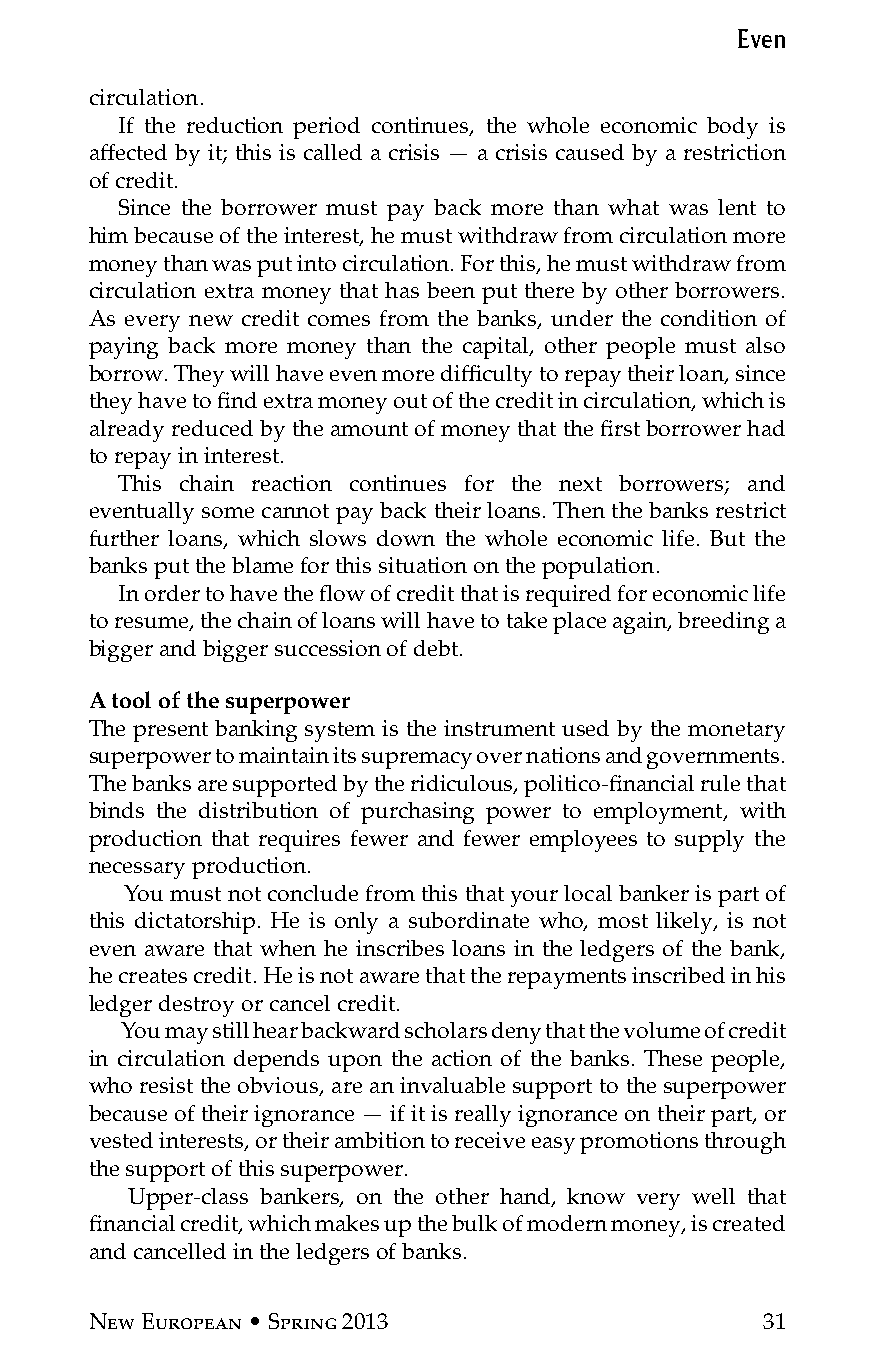
Even
 circulation.
 If the reduction period continues, the whole economic body is
 affected by it; this is called a crisis — a crisis caused by a restriction
 of credit.
 Since the borrower must pay back more than what was lent to
 him because of the interest, he must withdraw from circulation more
 money than was put into circulation. For this, he must withdraw from
 circulation extra money that has been put there by other borrowers.
 As every new credit comes from the banks, under the condition of
 paying back more money than the capital, other people must also
 borrow. They will have even more difficulty to repay their loan, since
 they have to find extra money out of the credit in circulation, which is
 already reduced by the amount of money that the first borrower had
 to repay in interest.
 This chain reaction continues for the next borrowers; and
 eventually some cannot pay back their loans. Then the banks restrict
 further loans, which slows down the whole economic life. But the
 banks put the blame for this situation on the population.
 In order to have the flow of credit that is required for economic life
 to resume, the chain of loans will have to take place again, breeding a
 bigger and bigger succession of debt.
 A tool of the superpower
 The present banking system is the instrument used by the monetary
 superpower to maintain its supremacy over nations and governments.
 The banks are supported by the ridiculous, politico-financial rule that
 binds the distribution of purchasing power to employment, with
 production that requires fewer and fewer employees to supply the
 necessary production.
 You must not conclude from this that your local banker is part of
 this dictatorship. He is only a subordinate who, most likely, is not
 even aware that when he inscribes loans in the ledgers of the bank,
 he creates credit. He is not aware that the repayments inscribed in his
 ledger destroy or cancel credit.
 You may still hear backward scholars deny that the volume of credit
 in circulation depends upon the action of the banks. These people,
 who resist the obvious, are an invaluable support to the superpower
 because of their ignorance — if it is really ignorance on their part, or
 vested interests, or their ambition to receive easy promotions through
 the support of this superpower.
 Upper-class bankers, on the other hand, know very well that
 financial credit, which makes up the bulk of modern money, is created
 and cancelled in the ledgers of banks.
 New European • Spring 2013                  31